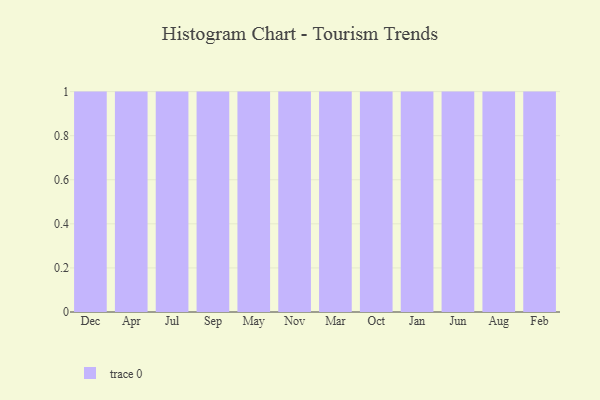
{"axis": {"x": "Month", "y": "Satisfaction Score"}, "legend": [""], "data": [{"x": "Dec", "y": 32, "type": ""}, {"x": "Apr", "y": 35, "type": ""}, {"x": "Jul", "y": 83, "type": ""}, {"x": "Sep", "y": 7, "type": ""}, {"x": "May", "y": 88, "type": ""}, {"x": "Nov", "y": 67, "type": ""}, {"x": "Mar", "y": 96, "type": ""}, {"x": "Oct", "y": 51, "type": ""}, {"x": "Jan", "y": 96, "type": ""}, {"x": "Jun", "y": 7, "type": ""}, {"x": "Aug", "y": 11, "type": ""}, {"x": "Feb", "y": 46, "type": ""}]}